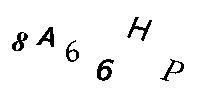
8A66HP